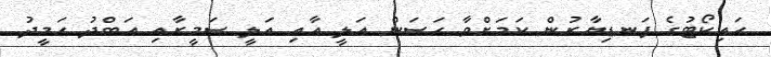
ހައިކޯޓުގެ ފަނޑިޔާރުން ކަމަށްވާ ހަސަން އަލީ އާއި އަލީ ސަމީރާއި އަބްދު ހަމީދު